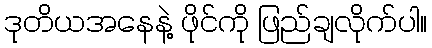
ဒုတိယအနေနဲ့ ဖိုင်ကို ဖြည်ချလိုက်ပါ။